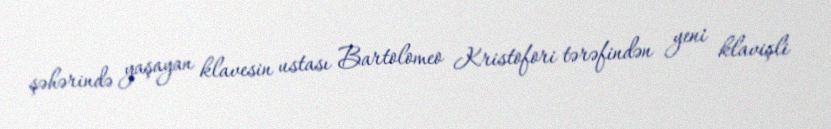
şəhərində yaşayan klavesin ustası Bartolomeo Kristofori tərəfindən yeni klavişli